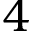
4